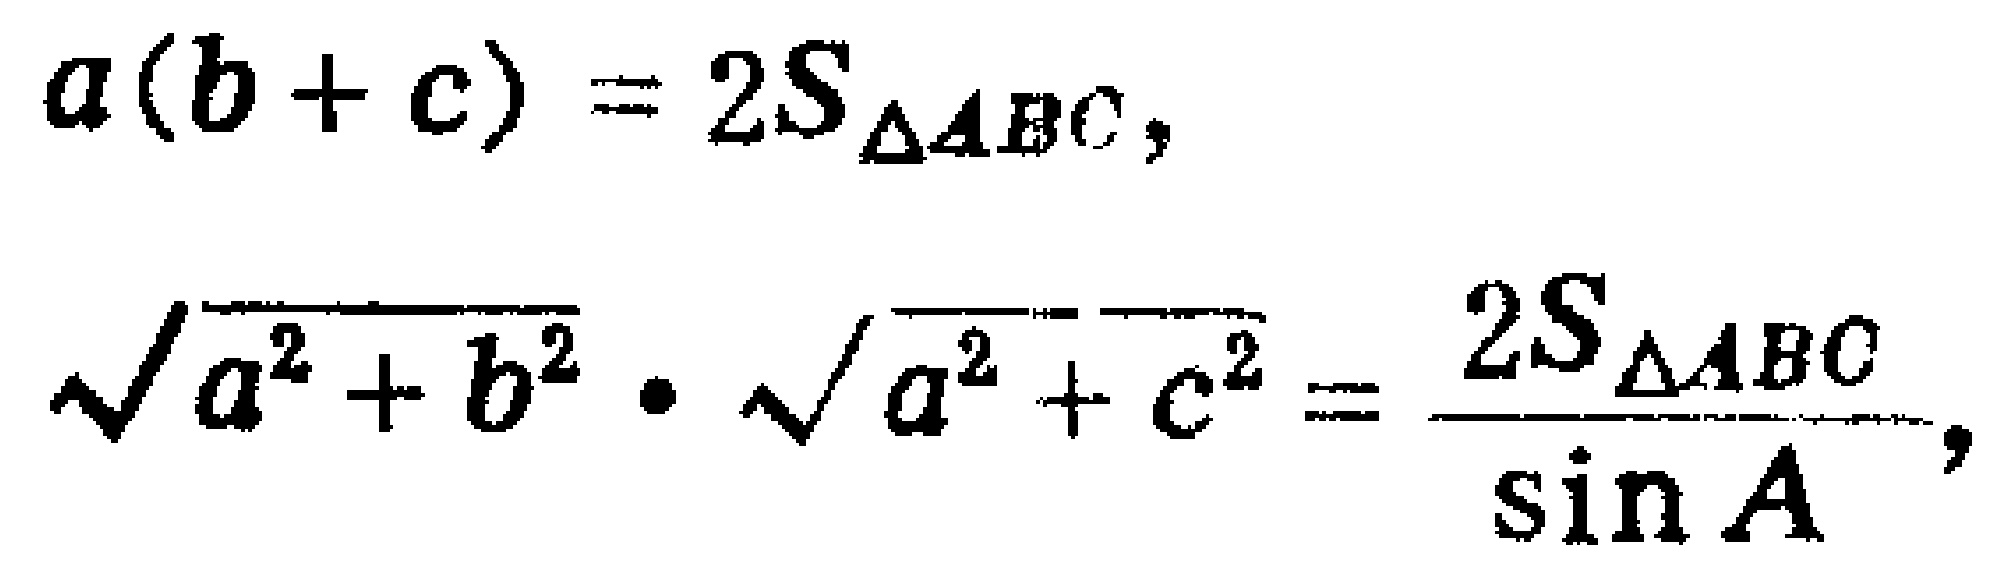
\[
\begin{align*}
a(b + c)&=2S_{\triangle ABC},\\
\sqrt{a^{2}+b^{2}}\cdot\sqrt{a^{2}+c^{2}}&=\frac{2S_{\triangle ABC}}{\sin A},
\end{align*}
\]